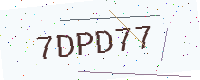
Text: 7DPD77